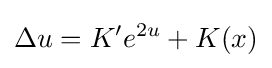
\Delta u=K^{\prime }e^{2u}+K(x)